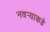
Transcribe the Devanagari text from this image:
नवर्‍याकडे